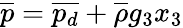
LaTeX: \overline{{p}}=\overline{{p_{d}}}+\overline{{\rho}}g_{3}x_{3}